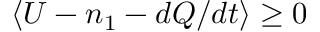
\langle U - n _ { 1 } - d Q / d t \rangle \geq 0